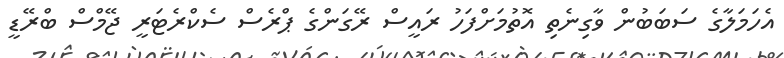
އެހަމަލާގެ ސަބަބުން ވާގިނެތި އޮތުމަށްފަހު ރައީސް ރޭގަންގެ ޕްރެސް ސެކްރެޓަރީ ޖޭމްސް ބްރޭޑީ